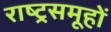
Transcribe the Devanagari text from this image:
राष्ट्रसमूहों